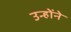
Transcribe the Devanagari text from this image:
उन्होंने